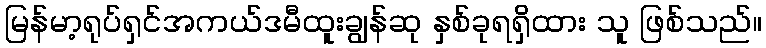
မြန်မာ့ရုပ်ရှင်အကယ်ဒမီထူးချွန်ဆု နှစ်ခုရရှိထား သူ ဖြစ်သည်။